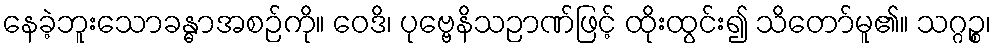
နေခဲ့ဘူးသောခန္ဓာအစဉ်ကို။ ဝေဒိ၊ ပုဗ္ဗေနိသဉာဏ်ဖြင့် ထိုးထွင်း၍ သိတော်မူ၏။ သဂ္ဂဉ္စ၊